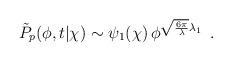
LaTeX: \begin{align*}\tilde{P}_p(\phi,t|\chi) \sim \psi_1(\chi)\, \phi^{\sqrt{6\pi\over\lambda}\lambda_1} \, \ .\end{align*}